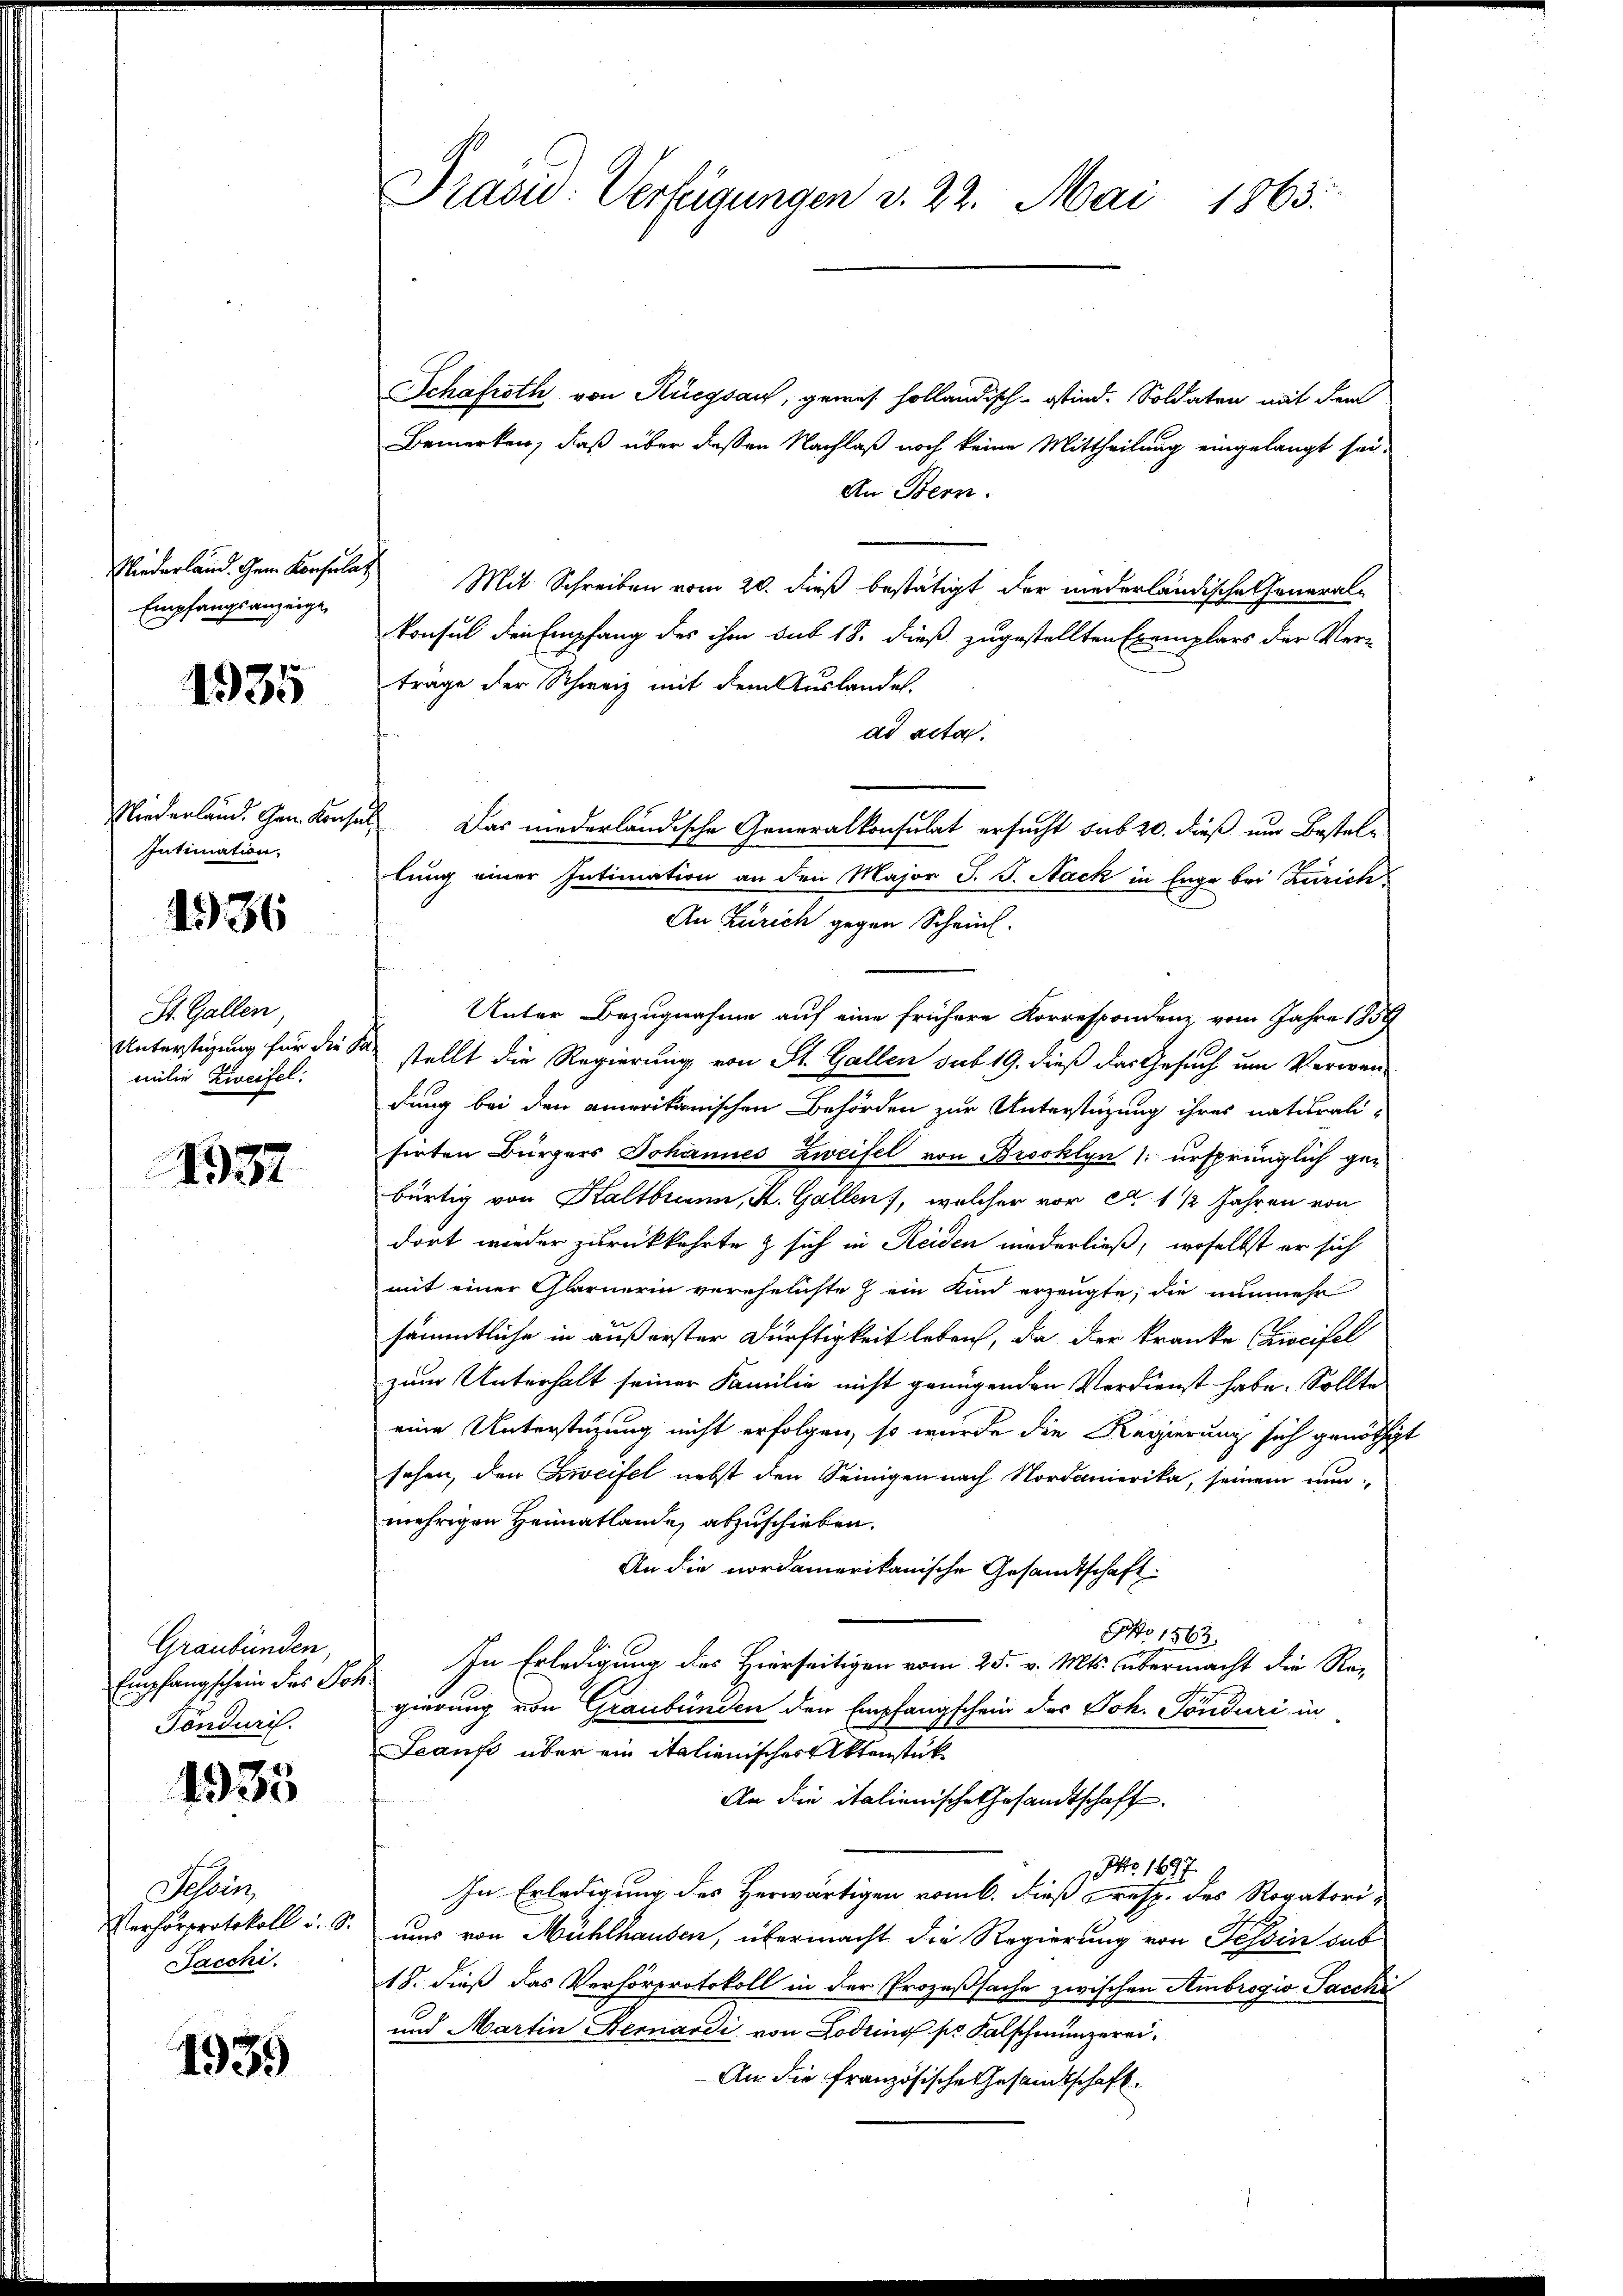
Niederland. Gem. Konsulat
Empfangsanzeige

1935

Niederland. Gen Konse
Intimation.

1936

St. Gallen
Unterstigung für die
milie Zweifel.

1937

Graubünden,
Empfangschein des Pos
Tönduri.

1935

Tessin
Verhörprotokoll u. 3.
Jacchi.

1939

Präsid. Verfügungen v. 22. Mai 1863.

Schafroth von Rüegsau, gewes holländisch-Ostind. Soldaten mit dem
Bemerken, daß über dießen Nachlaß noch keine Mittheilung eingelangt sei,
An Bern.
Mit Schreiben vom 20. dieß bestätigt der niederländische Generalkonsul den Empfang des ihm sub 18. dieß zugestellten Exemplars der Ver-
trage der Schweiz mit dem Auslandes.
ad acta.
lung einer Intimation an den Major J. J. Nack in Enge bei Zürich
An Zürich gegen Scheinl
Unter Bezugnahme auf eine frühere Korrespondenz vom Jahre 1839
 stellt die Regierung von St. Gallen sub 19. dieß das Gesuch um Verwen-
dung bei den amerikanischen Behörden zur Unterstüzung ihres naturali-
sirten Bürgers Johannes Zweifel von Brooklyn /: ursprünglich ge-
bürtig von Haltbrunn, K. Gallen), welcher vor A. 1 1/2 Jahren von
dort wieder zurückkehrte & sich in Reiden niederließ, woselbst er sich
mit einer Glarnerin verehelichte hein Kan erzeugte, die nunmehr
sämmtliche in außerster Dürftigkeit leben, da der kranke (Zweifel
zum Unterhalt seiner Familie nicht genügenden Verdienst habe. Sollte
eine Unterstüzung nicht erfolgen, so wurde die Regierung sich genöthigt
sehen, den Zweifel nebst den Seinigen nach Nordamerika, seinem nun-
mehrigen Heimatlande, abzuschieben.
An die nordamerikanische Gesandtschaft.
No 1562.
 In Erledigung des Hierseitigen vom 25. v. Mts. übermacht die Re-
gierung von Graubünden den Empfangschein des Joh. Tönduri in
Leaus über ein italienischer Aktenstük¬
An die italienische Gesandtschaft.
NNo. 1697.
In Erledigung des Herwärtigen vom 6. dieß resp. des Rogatori-
uus von Mühlhausen, übermacht die Regierung von Tessin das
18. dieß das Verhörprotokoll in der Prozeßsache zwischen Ambrogio Sacche
und Martin Bernardi von Lodring pr. Falschmunzerei¬
An die französische Gesandtschaft

Das niederländische Generalkonsulat ersucht sub 20. dieß um Bestele